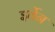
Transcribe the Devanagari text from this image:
इर्वेन